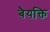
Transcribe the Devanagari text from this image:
बैयक्ति